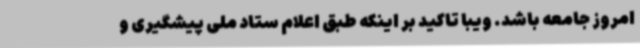
امروز جامعه باشد. ویبا تاکید بر اینکه طبق اعلام ستاد ملی پیشگیری و